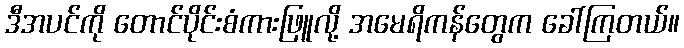
ဒီအပင်ကို တောင်ပိုင်းစံကားဖြူလို့ အမေရိကန်တွေက ခေါ်ကြတယ်။